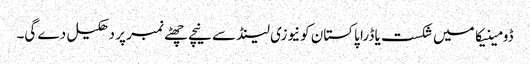
ڈومینیکا میں شکست یا ڈرا پاکستان کونیوزی لینڈ سے نیچے چھٹے نمبر پر دھکیل دے گی۔